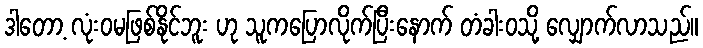
ဒါတော့ လုံးဝမဖြစ်နိုင်ဘူး ဟု သူကပြောလိုက်ပြီးနောက် တံခါးဝသို့ လျှောက်လာသည်။